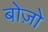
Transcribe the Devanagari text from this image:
बोज़ो